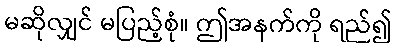
မဆိုလျှင် မပြည့်စုံ။ ဤအနက်ကို ရည်၍